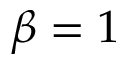
\beta = 1